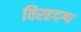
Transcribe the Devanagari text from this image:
विरहदग्ध